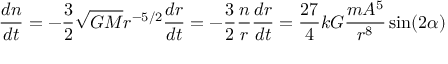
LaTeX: { \frac { d n } { d t } } = - { \frac { 3 } { 2 } } { \sqrt { G M } } r ^ { - 5 / 2 } { \frac { d r } { d t } } = - { \frac { 3 } { 2 } } { \frac { n } { r } } { \frac { d r } { d t } } = { \frac { 2 7 } { 4 } } k G { \frac { m A ^ { 5 } } { r ^ { 8 } } } \sin ( 2 \alpha )